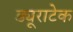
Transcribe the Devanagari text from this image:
ड्यूराटेक